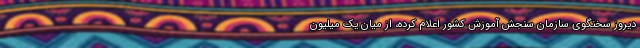
دیروز سخنگوی سازمان سنجش آموزش کشور اعلام کرده، از میان یک میلیون